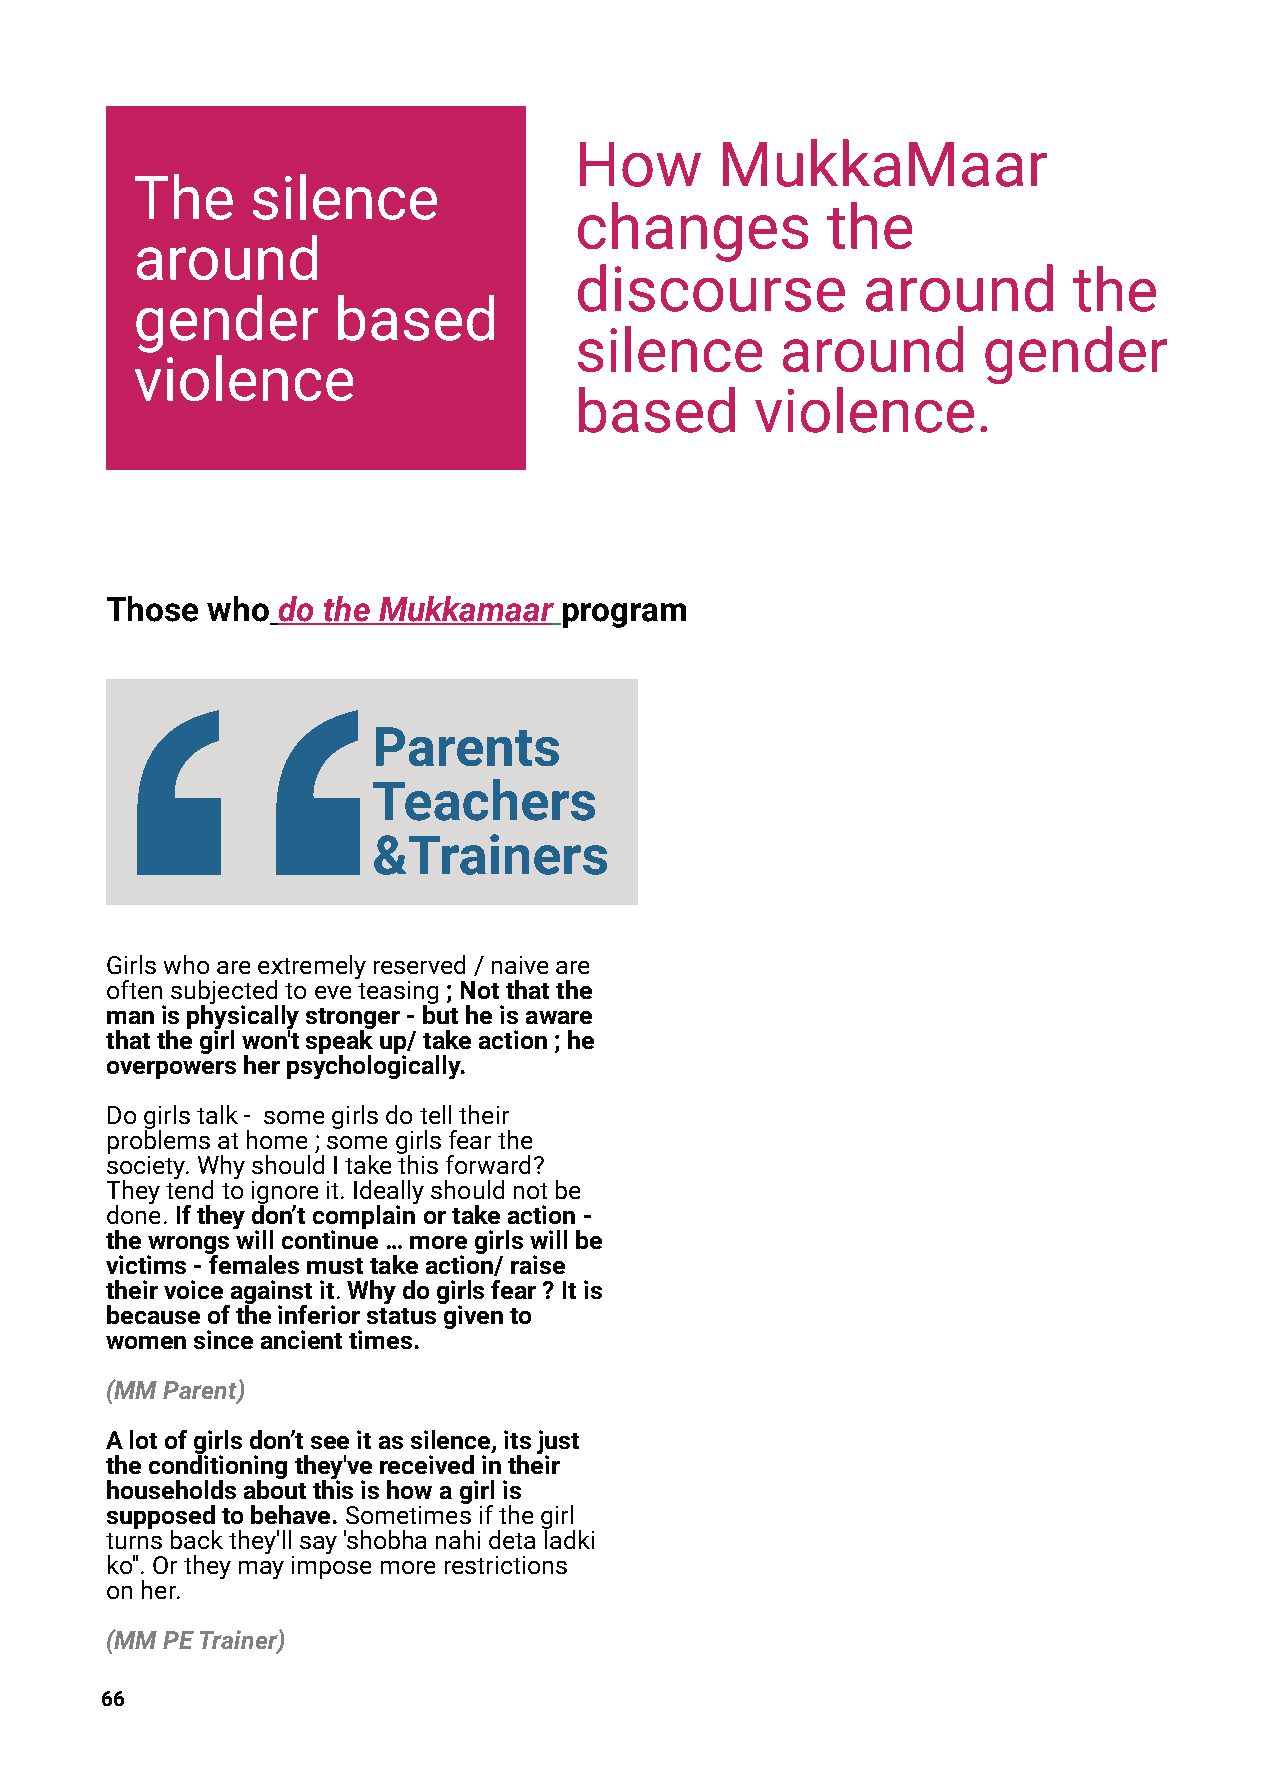
How       MukkaMaar
 The     silence
 changes          the
 around
 discourse          around        the
 gender       based
 silence       around       gender
 violence
 based       violence.
 Those  who do the Mukkamaar   program
 Parents
 Teachers
 &Trainers
 Girlswhoareextremelyreserved/naiveare
 oftensubjectedtoeveteasing;Notthatthe
 manisphysicallystronger-butheisaware
 thatthegirlwon'tspeakup/takeaction;he
 overpowersherpsychologically.
 Dogirlstalk- somegirlsdotelltheir
 problemsathome;somegirlsfearthe
 society.WhyshouldItakethisforward?
 Theytendtoignoreit.Ideallyshouldnotbe
 done.Iftheydon’tcomplainortakeaction-
 thewrongswillcontinue…moregirlswillbe
 victims-femalesmusttakeaction/raise
 theirvoiceagainstit.Whydogirlsfear?Itis
 becauseoftheinferiorstatusgivento
 womensinceancienttimes.
 (MMParent)
 Alotofgirlsdon’tseeitassilence,itsjust
 theconditioningthey'vereceivedintheir
 householdsaboutthisishowagirlis
 supposedtobehave.Sometimesifthegirl
 turnsbackthey'llsay'shobhanahidetaladki
 ko''.Ortheymayimposemorerestrictions
 onher.
 (MMPETrainer)
 66